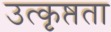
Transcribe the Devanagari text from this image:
उत्कृष्तता